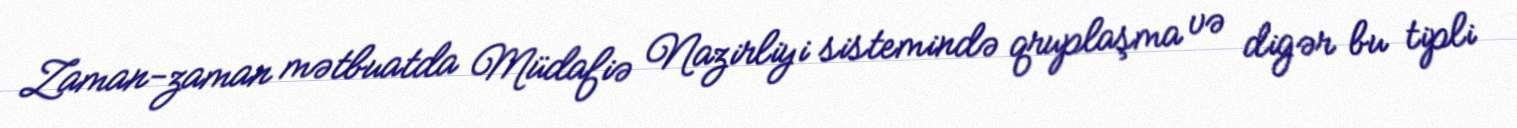
Zaman-zaman mətbuatda Müdafiə Nazirliyi sistemində qruplaşma və digər bu tipli